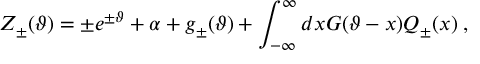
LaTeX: \displaystyle Z _ { \pm } ( \vartheta ) = \pm e ^ { \pm \vartheta } + \alpha + g _ { \pm } ( \vartheta ) + \displaystyle \int _ { - \infty } ^ { \infty } d x G ( \vartheta - x ) { \cal Q } _ { \pm } ( x ) \: ,